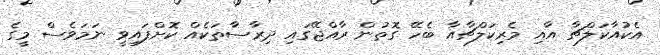
އެކުއާކަލްޗާ އާއި މެރިކަލްޗާއާ ބެހޭ ގޮތުން ރާއްޖޭގައި ދިރާސާތަކެއް ކޮށްފައިވީ ނަމަވެސް މީގެ